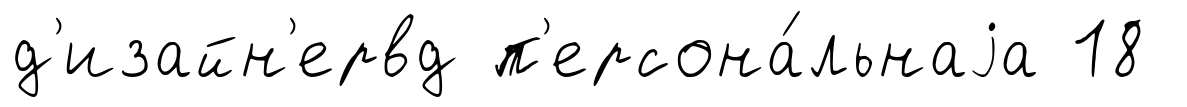
д'изайн'ервд п'ерсона́льнаjа 18